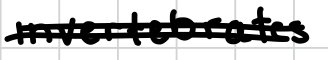
Text: invertebrates
Cross-out: mix
Writing tool: digital_black